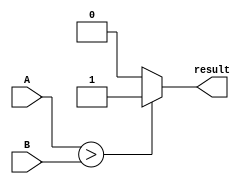
module Comparator(input [7:0] A, B, output reg result);

always @(A, B) begin
    if (A > B)
        result <= 1;
    else if (A < B)
        result <= 0;
    else
        result <= 2'b00; // equal
end

endmodule